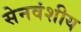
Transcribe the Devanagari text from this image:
सेनवंशीय